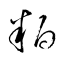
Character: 粕